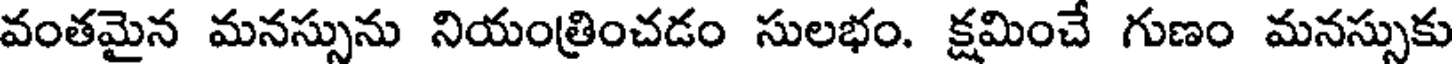
వంతమైన మనస్సును నియంత్రించడం సులభం. క్షమించే గుణం మనస్సుకు